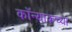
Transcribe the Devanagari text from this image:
कॉन्याकच्या